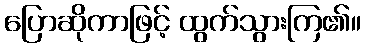
ပြောဆိုကာဖြင့် ထွက်သွားကြ၏။